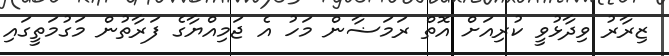
ޒިރާރު ވިދާޅުވީ ކުރިއަށް އޮތް ރަމަޟާން މަހު އެ ޖަމިއްޔާގެ ފަރާތުން މަގުމަތީގައި